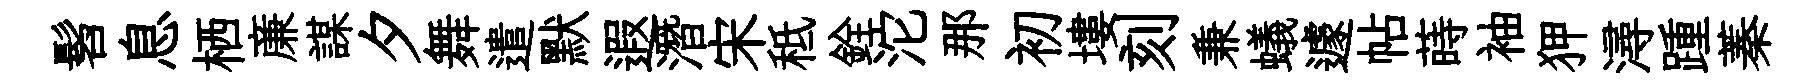
髫息栖亷謀夕舞遣默遐潛宋秪銓沱那初塿刻兼蟻遽帖蒔袖狎潯踵蓁